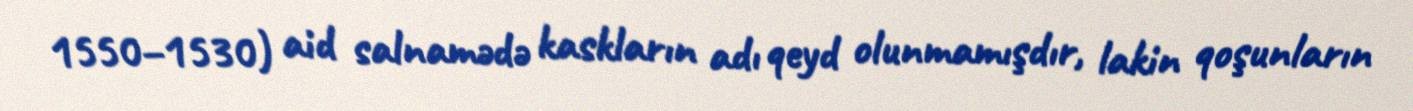
1550–1530) aid salnamədə kaskların adı qeyd olunmamışdır, lakin qoşunların